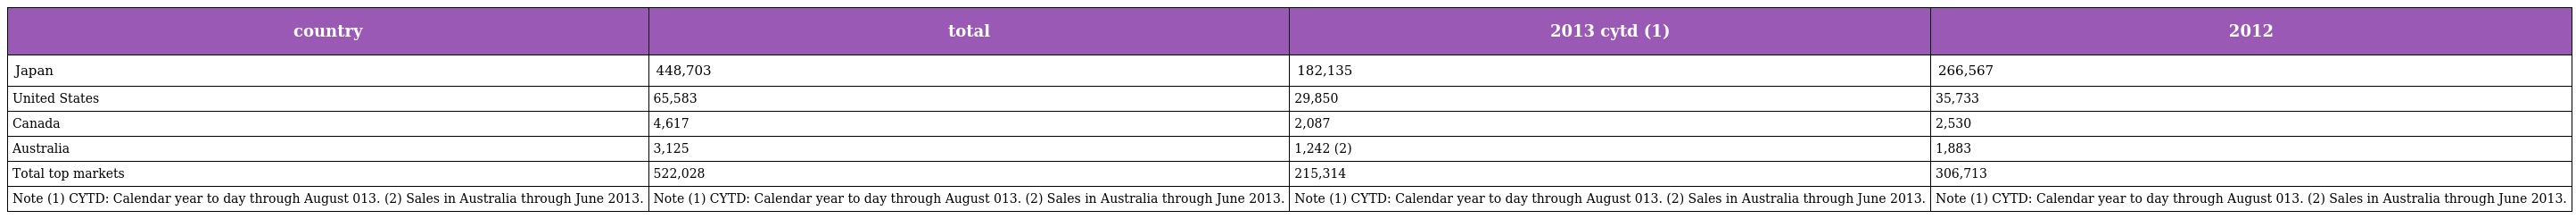
| country | total | 2013 cytd (1) | 2012 |
 | --- | --- | --- | --- |
 | Japan | 448,703 | 182,135 | 266,567 |
 | United States | 65,583 | 29,850 | 35,733 |
 | Canada | 4,617 | 2,087 | 2,530 |
 | Australia | 3,125 | 1,242 (2) | 1,883 |
 | Total top markets | 522,028 | 215,314 | 306,713 |
 | Note (1) CYTD: Calendar year to day through August 013. (2) Sales in Australia through June 2013. | Note (1) CYTD: Calendar year to day through August 013. (2) Sales in Australia through June 2013. | Note (1) CYTD: Calendar year to day through August 013. (2) Sales in Australia through June 2013. | Note (1) CYTD: Calendar year to day through August 013. (2) Sales in Australia through June 2013. |